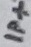
Text: IP+